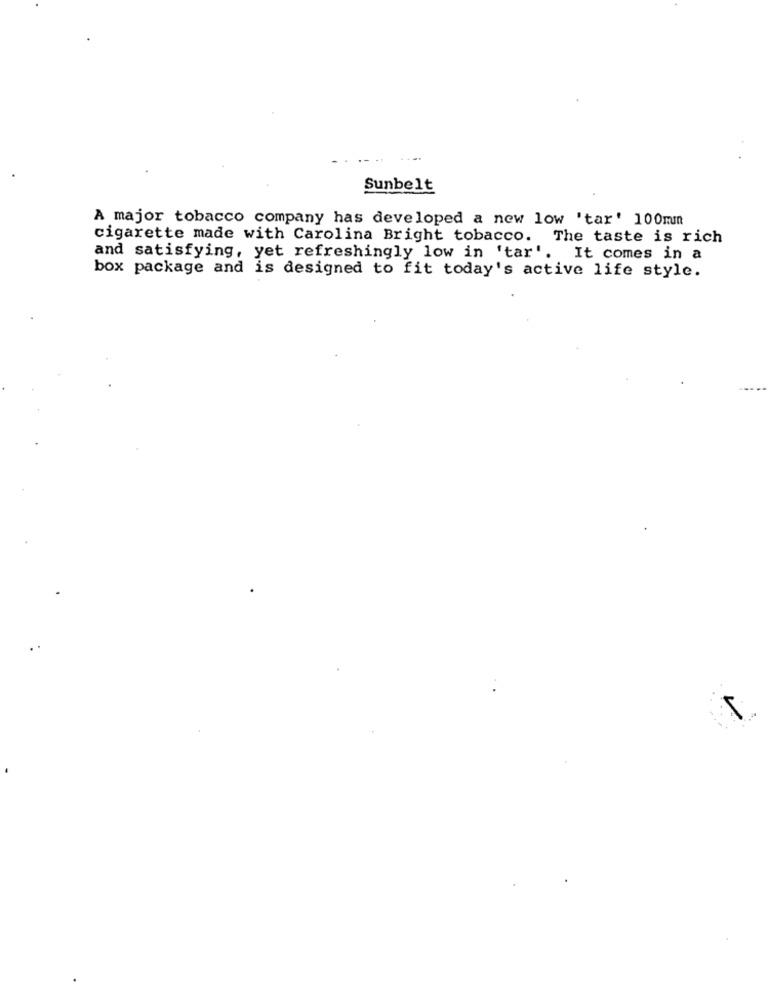
Sunbelt
A major tobacco company has developed a new low 'tar' 100mm
cigarette made with Carolina Bright tobacco. The taste is rich
and satisfying, yet refreshingly low in 'tar'. It comes in a
box package and is designed to fit today's active life style.